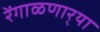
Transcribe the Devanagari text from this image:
रेंगाळणार्‍या